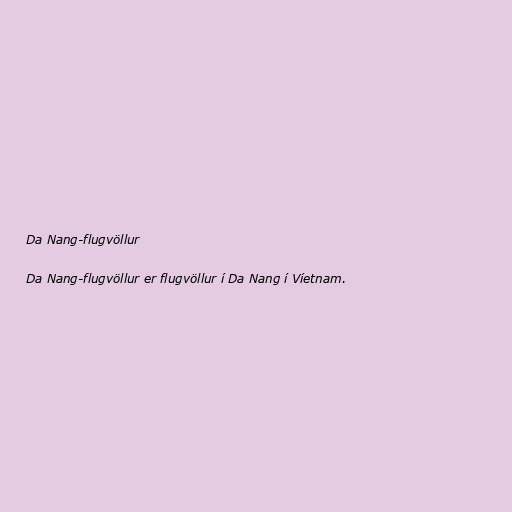
Da Nang-flugvöllur

Da Nang-flugvöllur er flugvöllur í Da Nang í Víetnam.